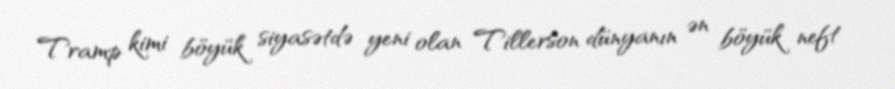
Tramp kimi böyük siyasətdə yeni olan Tillerson dünyanın ən böyük neft